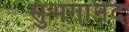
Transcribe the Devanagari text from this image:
सुभगांनंद